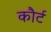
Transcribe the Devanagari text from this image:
कौर्ट